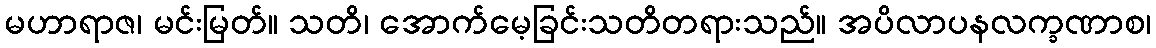
မဟာရာဇ၊ မင်းမြတ်။ သတိ၊ အောက်မေ့ခြင်းသတိတရားသည်။ အပိလာပနလက္ခဏာစ၊